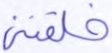
خلقتني